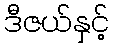
ဒီဇယ်နှင့်